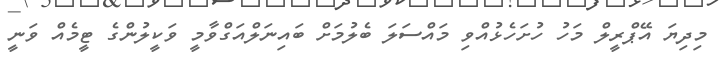
މިދިޔަ އޭޕްރީލް މަހު ހުށަހެޅުއްވި މައްސަލަ ބެލުމަށް ބައިނަލްއަގްވާމީ ވަކީލުންގެ ޓީމެއް ވަނީ